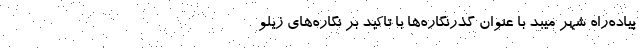
پیاده‌راه شهر میبد با عنوان گذرنگاره‌ها با تاکید بر نگاره‌های زیلو